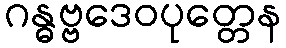
ဂန္ဓဗ္ဗဒေဝပုတ္တေန